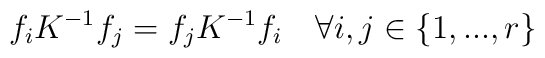
f_{i}K^{-1}f_{j}=f_{j}K^{-1}f_{i}\quad \forall i,j\in \left\{1,...,r\right\}